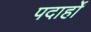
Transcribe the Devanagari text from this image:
पदार्हों